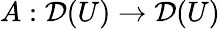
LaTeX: A:{\mathcal{D}}(U)\to{\mathcal{D}}(U)